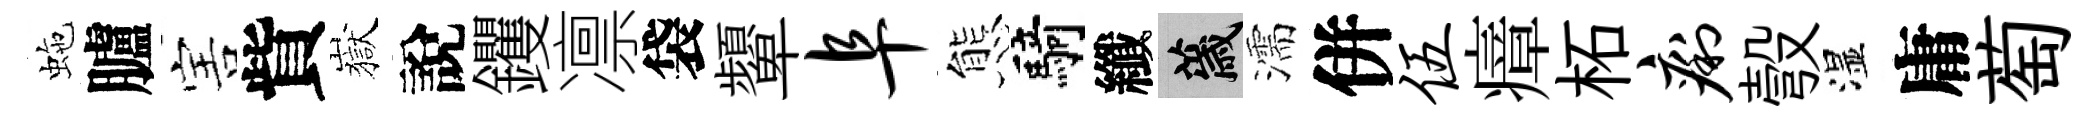
虵臚害貲嶽說钁凛袋顰阜態騎纖薉濡併伍瘴柘痢彀湿庸萄